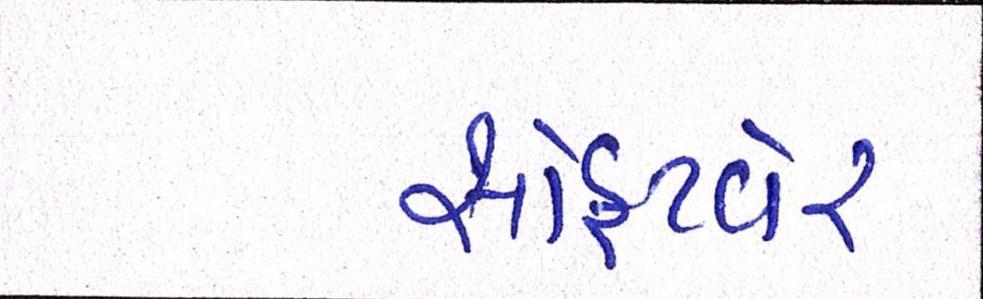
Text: સોફટવેર